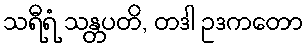
သရီရံ သန္တပတိ, တဒါ ဥဒကတော